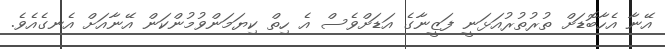
އޭނާ އެހާބޮޑަށް ތުރުތުރުއަޅަނީ ފަޒީނާގެ އަޑަށްވެސް އެ ހިތް ކިޔަމަންވުމުންކަން އޭނާއަށް އެނގެއެވެ.